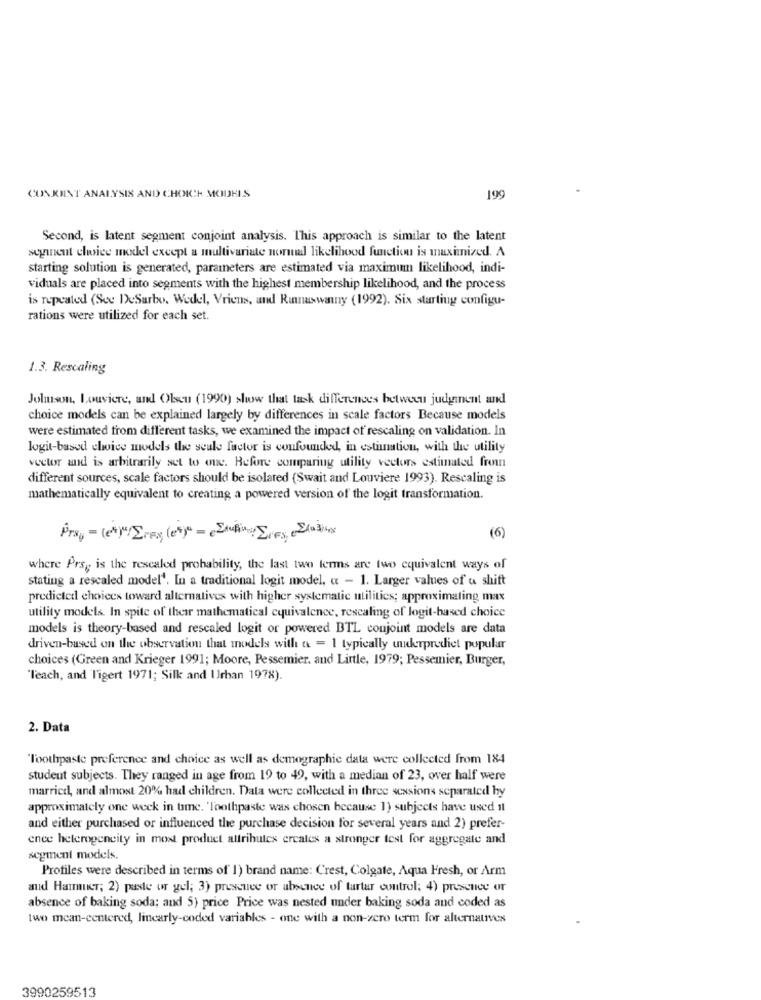
CONKINT ANALYSIS AND CHOICH MODHIS
199
Second, is latent segment conjoint analysis. This approach is similar to the latent
seyineut choice model except a multivariate normal likelihood function is maximized. A
starting solution is generated, parameters are estimated via maximum likelihood, indi-
viduals are placed into segments with the highest membership likelihood, and the process
is repeated (See DeSarbo. Wedel, Vriens, and Ranaswanny (1992). Six starting configu-
rations were utilized for each set.
1.3. Rescaling
Jolmson, Louviere, and Olseu (1990) show that task differences between judgment and
choice models can be explained largely by differences in scale factors Because models
were estimated from different tasks, we examined the impact of rescaling on validation. In
logit-based choice models the scale factor is confounded, in estimation, with the utility
vector and is arbitrarily set to one. Before comparing utility vectors estimated fromn
different sources, scale factors should be isolated (Swait and Louviere 1993). Rescaling is
mathematically equivalent to creating a powered version of the logit transformation.
(6)
where Prs ;; is the rescaled probability, the last two terms are two equivalent ways of
stating a rescaled model'. In a traditional logit model, « - 1. Larger values of a shift
predicted choices toward alternatives with higher systematic utilities; approximating max
utility models. In spite of their mathematical equivalence, rescaling of logit-based choice
models is theory-based and rescaled logit or powered BTL conjoint models are data
driven-based on the observation that models with a = 1 typically underpredict popular
choices (Green and Krieger 1991; Moore, Pessemier, and Little, 1979; Pessemier, Burger,
"Teach, and Tigert 1971; Silk and Urban 1978).
2. Data
Toothpaste preference and choice as well as demographic data were collected from 184
student subjects. They ranged in age from 19 to 49, with a median of 23, over half were
married, and almost 20% had children. Data were collected in three sessions separated by
approximately one week in time. 'Toothpaste was chosen because 1) subjects have used il
and either purchased or influenced the purchase decision for several years and 2) prefer-
ence heterogeneity in most product attributes ercales a stronger test for aggregate and
segment models.
Profiles were described in terms of 1) brand name: Crest, Colgate, Aqua Fresh, or Arm
aud Hammer; 2) paste or gel; 3) presence or absence of tartar control; 4) presence or
absence of baking soda; and 5) price Price was nested under baking soda and coded as
two mean-centered, linearly-coded variables - one with a non-zero term for alternatives
3990259513